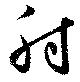
肘